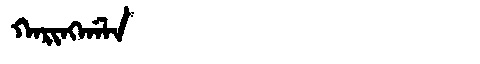
Manchu: ᡴᠠᡵᡳᠩᡤᠠᠯᠠ
Romanization: KARINGGALA